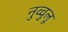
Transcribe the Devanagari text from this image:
नुव्वुलू